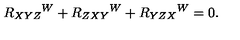
R _ { X Y Z } { } ^ { W } + R _ { Z X Y } { } ^ { W } + R _ { Y Z X } { } ^ { W } = 0 .